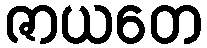
ဇာယတေ